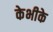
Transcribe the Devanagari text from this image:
केभीके